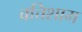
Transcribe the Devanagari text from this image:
वत्तिशाम